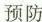
预防